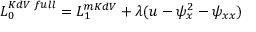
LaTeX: { \cal L } _ { 0 } ^ { K d V \; f u l l } = { \cal L } _ { 1 } ^ { m K d V } + \lambda ( u - \psi _ { x } ^ { 2 } - \psi _ { x x } )